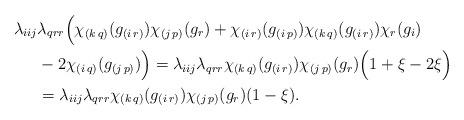
LaTeX: \begin{align*}\lambda_{iij} &\lambda_{qrr}\Big(\chi_{(k\,q)}(g_{(i\,r)})\chi_{(j\,p)}(g_{r}) + \chi_{(i\,r)}(g_{(i\,p)})\chi_{(k\,q)}(g_{(i\,r)})\chi_{r}(g_{i})\\ &-2\chi_{(i\,q)}(g_{(j\,p)})\Big)=\lambda_{iij} \lambda_{qrr}\chi_{(k\,q)}(g_{(i\,r)})\chi_{(j\,p)}(g_{r})\Big(1 + \xi-2\xi\Big)\\&=\lambda_{iij} \lambda_{qrr}\chi_{(k\,q)}(g_{(i\,r)})\chi_{(j\,p)}(g_{r})(1 - \xi).\end{align*}